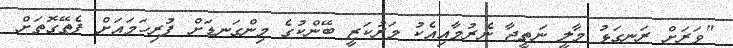
"ވަރަށް ރަނގަޅު މާލީ ނަތީޖާ ނެރުމާއިއެކު މަރުކަޒީ ބޭންކުގެ މިންގަނޑަށް ފުރިހަމައަށް ފެތޭގޮތަށް